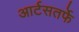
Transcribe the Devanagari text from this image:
आर्टसतर्फे